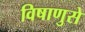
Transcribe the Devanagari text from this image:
विषाणुसे